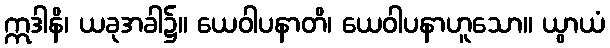
ဣဒါနိ၊ ယခုအခါ၌။ ယေဝါပနာတိ၊ ယေဝါပနာဟူသော။ ယွာယံ